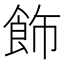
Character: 飾